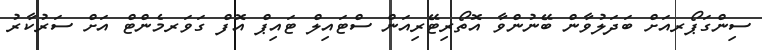
ސިންގަޕޯރއަށް ބަދަލުވާން ބޭނުންވާ އޮތޯރިޓޭރިއަން ސްޓައިލް ޓައިޕް އޮފް ގަވަރމެންޓް އަށް ސަރުކާރު